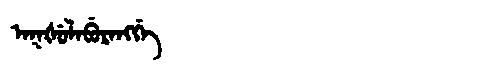
Manchu: ᠠᡴᡧᡠᠯᠠᠪᡠᡵᠠᠩᡤᡝ
Romanization: AKŠULABURANGGE